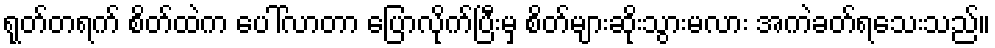
ရုတ်တရက် စိတ်ထဲက ပေါ်လာတာ ပြောလိုက်ပြီးမှ စိတ်များဆိုးသွားမလား အကဲခတ်ရသေးသည်။